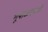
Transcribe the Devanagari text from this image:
भूपाळगडाची